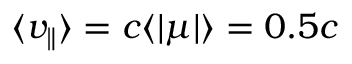
\langle { v _ { \parallel } } \rangle = c \langle | \mu | \rangle = 0 . 5 c